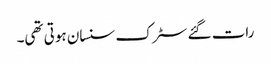
رات گئے سٹرک سنسان ہوتی تھی۔